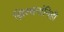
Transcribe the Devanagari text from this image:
ख्रिश्चनांनिही